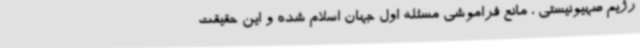
رژیم صهیونیستی ، مانع فراموشی مسئله اول جهان اسلام شده و این حقیقت